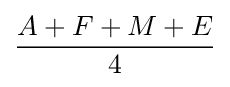
{\frac {A+F+M+E}{4}}